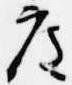
度